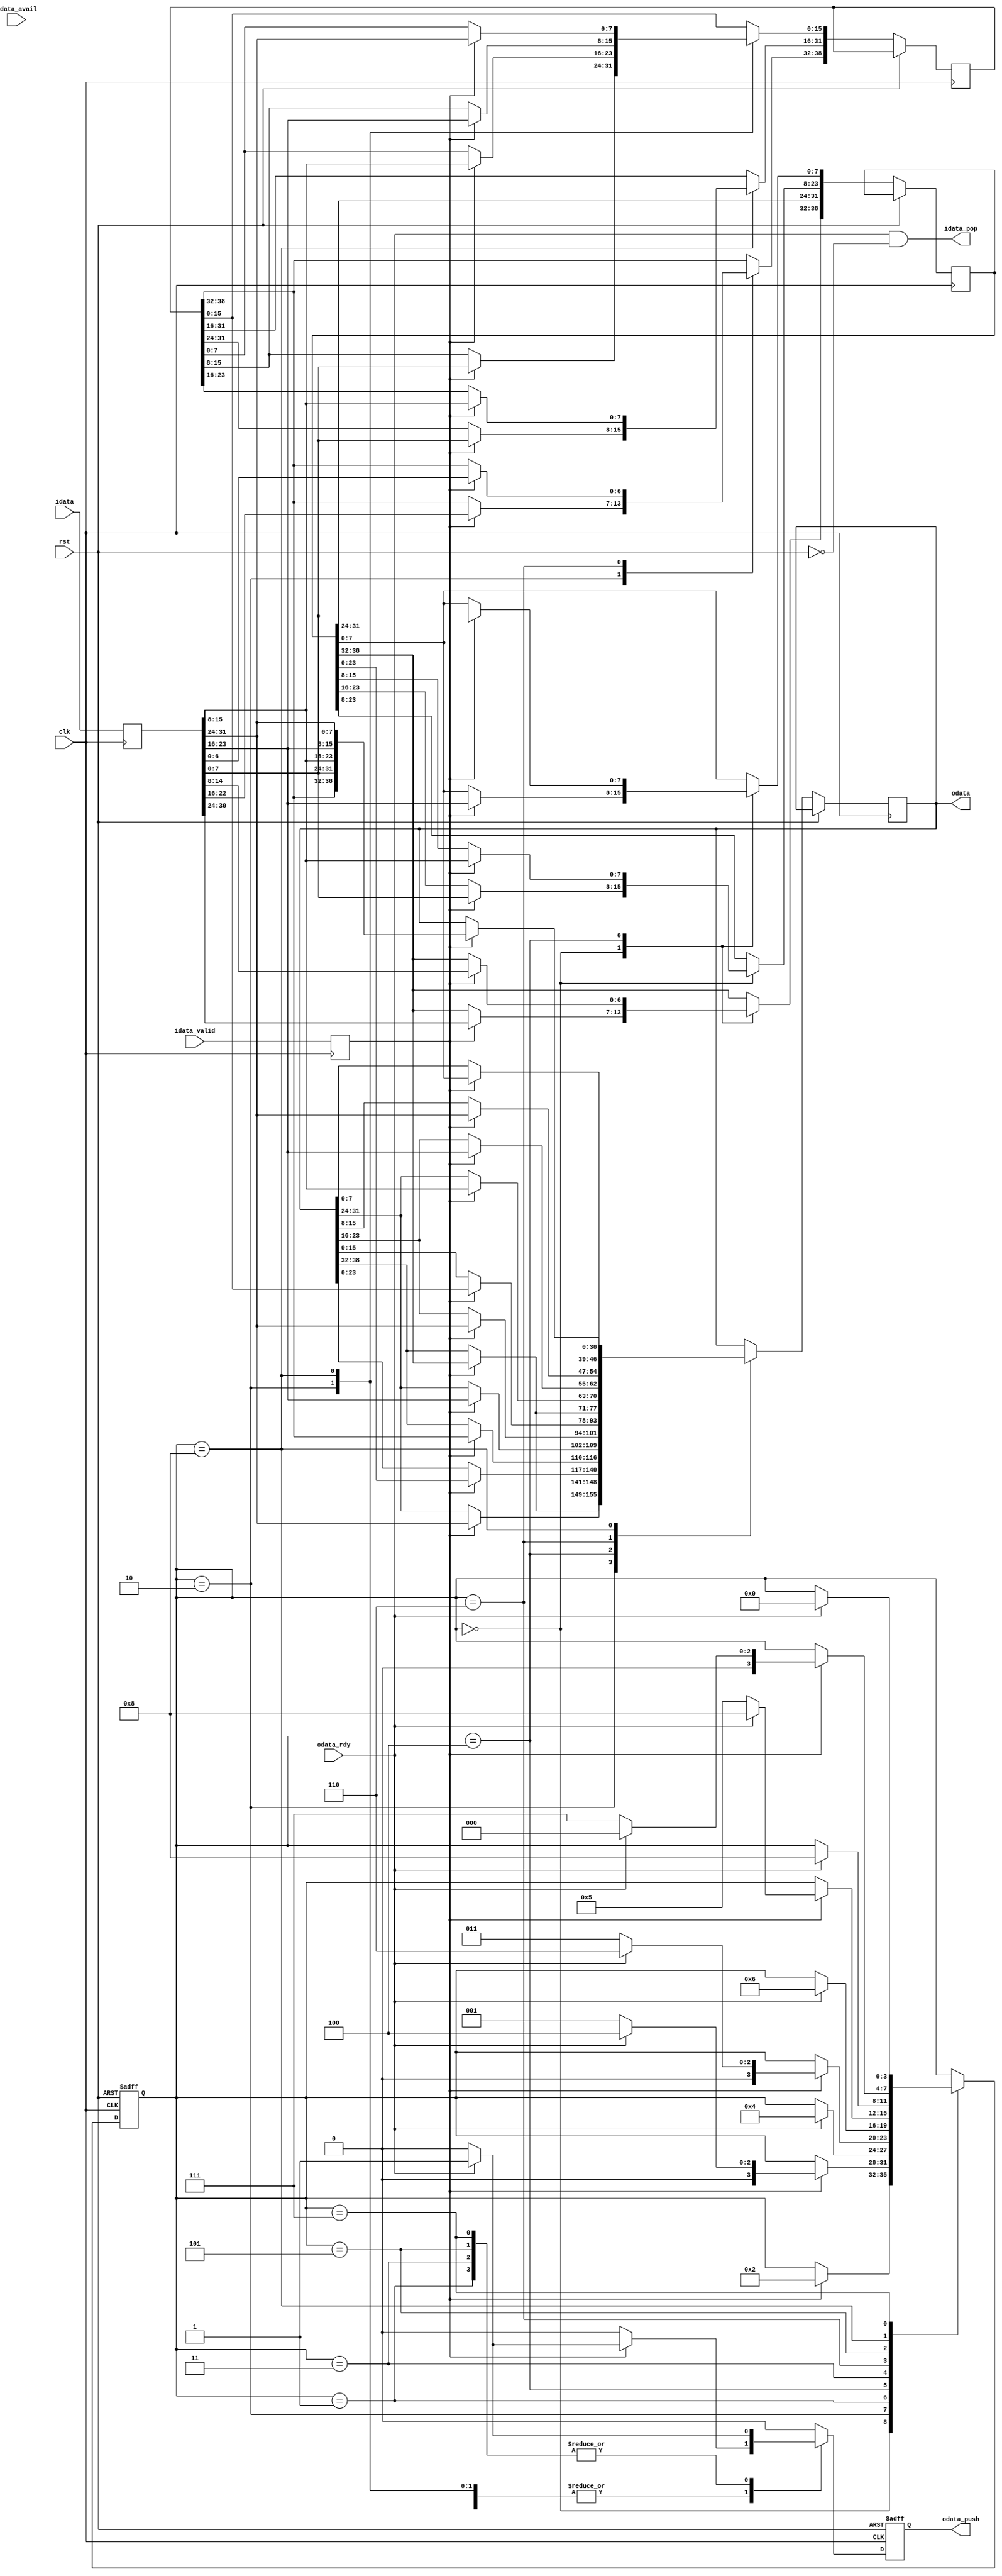
//Read 32 bit words from User IP fifo
//splits data into Tag and Packet data
//Tag + Packet data = 5 bytes, which are packed
//into 32 bit words,little endian.

//Little Endian data
//Little Endian Byte defines
`define LBYTE0 31:24
`define LBYTE1 23:16
`define LBYTE2 15:8
`define LBYTE3  7:0

//Byte position definitions for
//odata, MSB to right, LSB to left
`define BYTE3 31:24
`define BYTE2 23:16
`define BYTE1 15:8
`define BYTE0  7:0
`define TAGBYTE 38:32

`timescale 1ns/1ps

module tag_data_splitter(/*AUTOARG*/
   // Outputs
   idata_pop, odata, odata_push,
   // Inputs
   clk, rst, idata, idata_avail, idata_valid, odata_rdy
   );

   input clk,rst;

   //Interface to User IP Wfifo
   //Wfifo is where an agent on the bus side writes into the fifo
   //and the IP reads from this fifo
   input [31:0] idata ;
   input idata_avail ;//Wfifo is not empty (~Wfifo2IP_empty)
   input idata_valid ;//ack from Wfifo, when high idata is valid, Wfifo2IP_rd_ack
   output idata_pop ;//read req from Wfifo (IP2Wfifo_rd_req), hold high

   //Interface to Output fifo
   output [38:0] odata ;//Upper byte is tag, lower 32 bits are pkt data
   output 	 odata_push ;
   input 	 odata_rdy;//odata fifo not full

   reg [31:0] 	 idata_rd ;
   reg 		 idata_valid_rc;
   
   reg [7:0] 	 lbyte0;
   reg [7:0] 	 lbyte1;
   reg [7:0] 	 lbyte2;
   reg [7:0] 	 lbyte3;      
   
   parameter [3:0] //synopsys enum tds_sm
		PARSE_WORD_0 = 4'd0,
		WORD0_PUSH_WAIT = 4'd1,
		PARSE_WORD_1 = 4'd2,
		WORD1_PUSH_WAIT = 4'd3,		
		PARSE_WORD_2 = 4'd4,
		WORD2_PUSH_WAIT = 4'd5,		
		PARSE_WORD_3 = 4'd6,
		WORD3_PUSH_WAIT = 4'd7,		
		PARSE_WORD_4 = 4'd8 ;

   reg [3:0] //synopsys enum tds_sm
	     STATE,NEXT_STATE;

   //synthesis translate_off
   /*AUTOASCIIENUM("STATE","TAG_DATA_SPLITTER_STATE","PARSE_")*/
   // Beginning of automatic ASCII enum decoding
   reg [119:0]		TAG_DATA_SPLITTER_STATE;// Decode of STATE
   always @(STATE) begin
      case ({STATE})
	PARSE_WORD_0:    TAG_DATA_SPLITTER_STATE = "word_0         ";
	WORD0_PUSH_WAIT: TAG_DATA_SPLITTER_STATE = "word0_push_wait";
	PARSE_WORD_1:    TAG_DATA_SPLITTER_STATE = "word_1         ";
	WORD1_PUSH_WAIT: TAG_DATA_SPLITTER_STATE = "word1_push_wait";
	PARSE_WORD_2:    TAG_DATA_SPLITTER_STATE = "word_2         ";
	WORD2_PUSH_WAIT: TAG_DATA_SPLITTER_STATE = "word2_push_wait";
	PARSE_WORD_3:    TAG_DATA_SPLITTER_STATE = "word_3         ";
	WORD3_PUSH_WAIT: TAG_DATA_SPLITTER_STATE = "word3_push_wait";
	PARSE_WORD_4:    TAG_DATA_SPLITTER_STATE = "word_4         ";
	default:         TAG_DATA_SPLITTER_STATE = "%Error         ";
      endcase
   end
   // End of automatics
   //synthesis translate_on

   //zReg
   reg  odata_push_wc ,odata_push_rc;
   reg [38:0] odata_wd,odata_rd;

   reg 	      idata_pop_wc, idata_pop_rc;
   reg [38:0] odata_a_wd ;
   reg [38:0] odata_b_wd ;
   reg [38:0] odata_a_rd ;
   reg [38:0] odata_b_rd ;   
   //end

   wire       idata_pop = odata_rdy & ~rst ;
   
   wire [38:0] odata ;
   wire   odata_push ;

   assign     odata = odata_rd;
   assign     odata_push = odata_push_rc;

   //Register idata inputs
   always @(posedge clk)
       begin
	  idata_valid_rc <= idata_valid;
	  idata_rd <= idata ;
       end
   
   always @(posedge clk or posedge rst)
     if (rst)
       begin
	  //zClkReset
	  idata_pop_rc <= 0;
	  odata_push_rc <=0;
	  //end
	  STATE <= PARSE_WORD_0;
       end
     else
       begin
	  //zClkAssign
	  odata_a_rd <=  odata_a_wd ; 
	  odata_b_rd <=  odata_b_wd ;
	  odata_rd <= odata_wd;
	  idata_pop_rc <= idata_pop_wc ;
	  odata_push_rc <= odata_push_wc ;
	  //end
	  STATE <=  NEXT_STATE;
       end
   
   always @*
     begin
	//zWireAssign
	idata_pop_wc  =  0 ; 
	odata_push_wc =  0 ; 
	odata_a_wd    = odata_a_rd ; 
	odata_b_wd    = odata_b_rd ;
	odata_wd      = odata_rd ;
	//zEnd
	
	lbyte0 = idata_rd[`LBYTE0];
	lbyte1 = idata_rd[`LBYTE1];
	lbyte2 = idata_rd[`LBYTE2];
	lbyte3 = idata_rd[`LBYTE3];	

	NEXT_STATE = STATE ;
	
	case(STATE)

	  PARSE_WORD_0:begin
	     if ( idata_valid_rc ) 
	       begin
		  odata_a_wd[`BYTE2]   = lbyte3;
		  odata_a_wd[`BYTE1]   = lbyte2;
		  odata_a_wd[`BYTE0]   = lbyte1;
		  odata_a_wd[`TAGBYTE] = lbyte0;

		  NEXT_STATE = PARSE_WORD_1 ;
	       end // if ( idata_valid )
	  end // case: PARSE_WORD_0
	  
	  PARSE_WORD_1: 
	    begin
	       if ( idata_valid_rc )
		 begin
		    odata_wd = odata_a_rd;
		    odata_wd[`BYTE3] = lbyte0;
		    
		    odata_b_wd[`TAGBYTE] = lbyte1;		    
		    odata_b_wd[`BYTE1] = lbyte3;
		    odata_b_wd[`BYTE0] = lbyte2;
	       
		    if ( odata_rdy )
		      begin
			 //Output Data and tag
			 odata_push_wc = 1;
			 NEXT_STATE = PARSE_WORD_2 ;
		      end
		    else
		      NEXT_STATE = WORD0_PUSH_WAIT;
		 end // if ( idata_valid_rc )
	       
	    end // case: PARSE_WORD_1

	  WORD0_PUSH_WAIT:begin
	     if ( odata_rdy )
	       begin
		  //Output Data and tag
		  odata_push_wc = 1;
		  NEXT_STATE = PARSE_WORD_2 ;
	       end
	  end
	  
	  PARSE_WORD_2: 
	    begin
	       if ( idata_valid_rc )
		 begin
		    odata_a_wd[`TAGBYTE] = lbyte2;
		    odata_a_wd[`BYTE0] = lbyte3;
		    
		    odata_wd = odata_b_rd;
		    odata_wd[`BYTE3] = lbyte1;
		    odata_wd[`BYTE2] = lbyte0;
	       
		    if ( odata_rdy )
		      begin
			 odata_push_wc = 1;			 
			 NEXT_STATE = PARSE_WORD_3 ;
		      end // if ( tag_rdy & odata_rdy )
		    else
		      NEXT_STATE = WORD1_PUSH_WAIT;
		 end // if ( idata_valid_rc )
	    end // case: PARSE_WORD_2
	  
	  WORD1_PUSH_WAIT:begin
	     if ( odata_rdy )
	       begin
		  //Output Data and tag
		  odata_push_wc = 1;
		  NEXT_STATE = PARSE_WORD_3 ;
	       end
	  end
	  	  
	  PARSE_WORD_3: 
	    begin

	       if (idata_valid_rc)
		 begin
		    odata_b_wd[`TAGBYTE] = lbyte3;

		    odata_wd = odata_a_rd;
		    odata_wd[`BYTE3]=lbyte2;
		    odata_wd[`BYTE2]=lbyte1;
		    odata_wd[`BYTE1]=lbyte0;
	       
		    if ( odata_rdy )
		      begin
			 odata_push_wc = 1;
			 NEXT_STATE = PARSE_WORD_4 ;
		      end
		    else
		      begin
			 NEXT_STATE = WORD2_PUSH_WAIT ;
		      end
		 end // if (idata_valid_rc)
	    end // case: PARSE_WORD_3
	  
	  WORD2_PUSH_WAIT:begin
	     if ( odata_rdy )
	       begin
		  //Output Data and tag
		  odata_push_wc = 1;
		  NEXT_STATE = PARSE_WORD_4 ;
	       end
	  end
	  
	  PARSE_WORD_4: 
	    begin
	       if ( idata_valid_rc)
		 begin
		    odata_b_wd[`BYTE3]=lbyte3;
		    odata_b_wd[`BYTE2]=lbyte2;
		    odata_b_wd[`BYTE1]=lbyte1;
		    odata_b_wd[`BYTE0]=lbyte0;
		    odata_wd = odata_b_wd;

		    if ( odata_rdy )
		      begin
			 odata_push_wc = 1;
			 NEXT_STATE = PARSE_WORD_0 ;
		      end
		    else
		      NEXT_STATE = WORD3_PUSH_WAIT;
		 end // if ( idata_valid_rc)
	    end // case: PARSE_WORD_4

	  WORD3_PUSH_WAIT:begin
	     if ( odata_rdy )
	       begin
		  //Output Data and tag
		  odata_push_wc = 1;
		  NEXT_STATE = PARSE_WORD_0 ;
	       end
	  end
	  
	endcase // case (STATE)

     end

endmodule // tag_data_splitter